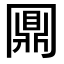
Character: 𠕪